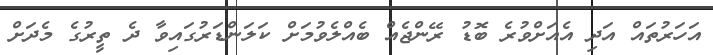
އަހަރުތައް އަދި އެއަށްވުރެ ބޮޑު ރޭންޖެއް ބެއްލެވުމަށް ކަލަންޑަރުގައިވާ ދެ ތީރުގެ މެދަށް